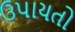
ઉપાયતો